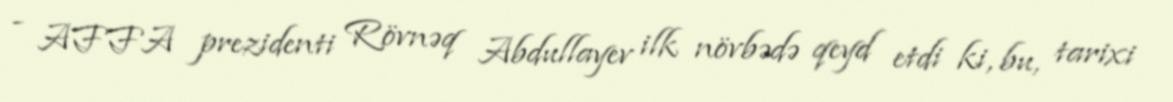
- AFFA prezidenti Rövnəq Abdullayev ilk növbədə qeyd etdi ki, bu, tarixi